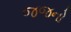
જજનો